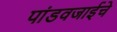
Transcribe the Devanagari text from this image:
पांडवजाईचे